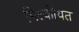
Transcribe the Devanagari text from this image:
मिल्कीयत